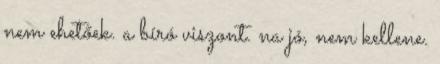
nem ehetőek. a bíró viszont. na jó, nem kellene.